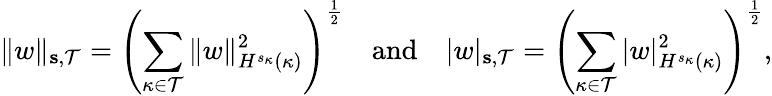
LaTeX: \Vert w\Vert_{\textbf{s},\mathcal{T}}=\left(\sum_{\kappa\in\mathcal{T}}\Vert w\Vert_{H^{s_{\kappa}}(\kappa)}^{2}\right)^{\frac{1}{2}}\quad\mathrm{and}\quad|w|_{\textbf{s},\mathcal{T}}=\left(\sum_{\kappa\in\mathcal{T}}|w|_{H^{s_{\kappa}}(\kappa)}^{2}\right)^{\frac{1}{2}},